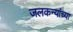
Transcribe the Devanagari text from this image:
जलकन्यांच्या